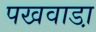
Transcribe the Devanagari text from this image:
पखवाडा़